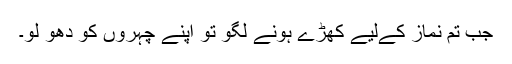
جب تم نماز کےلیے کھڑے ہونے لگو تو اپنے چہروں کو دھو لو۔